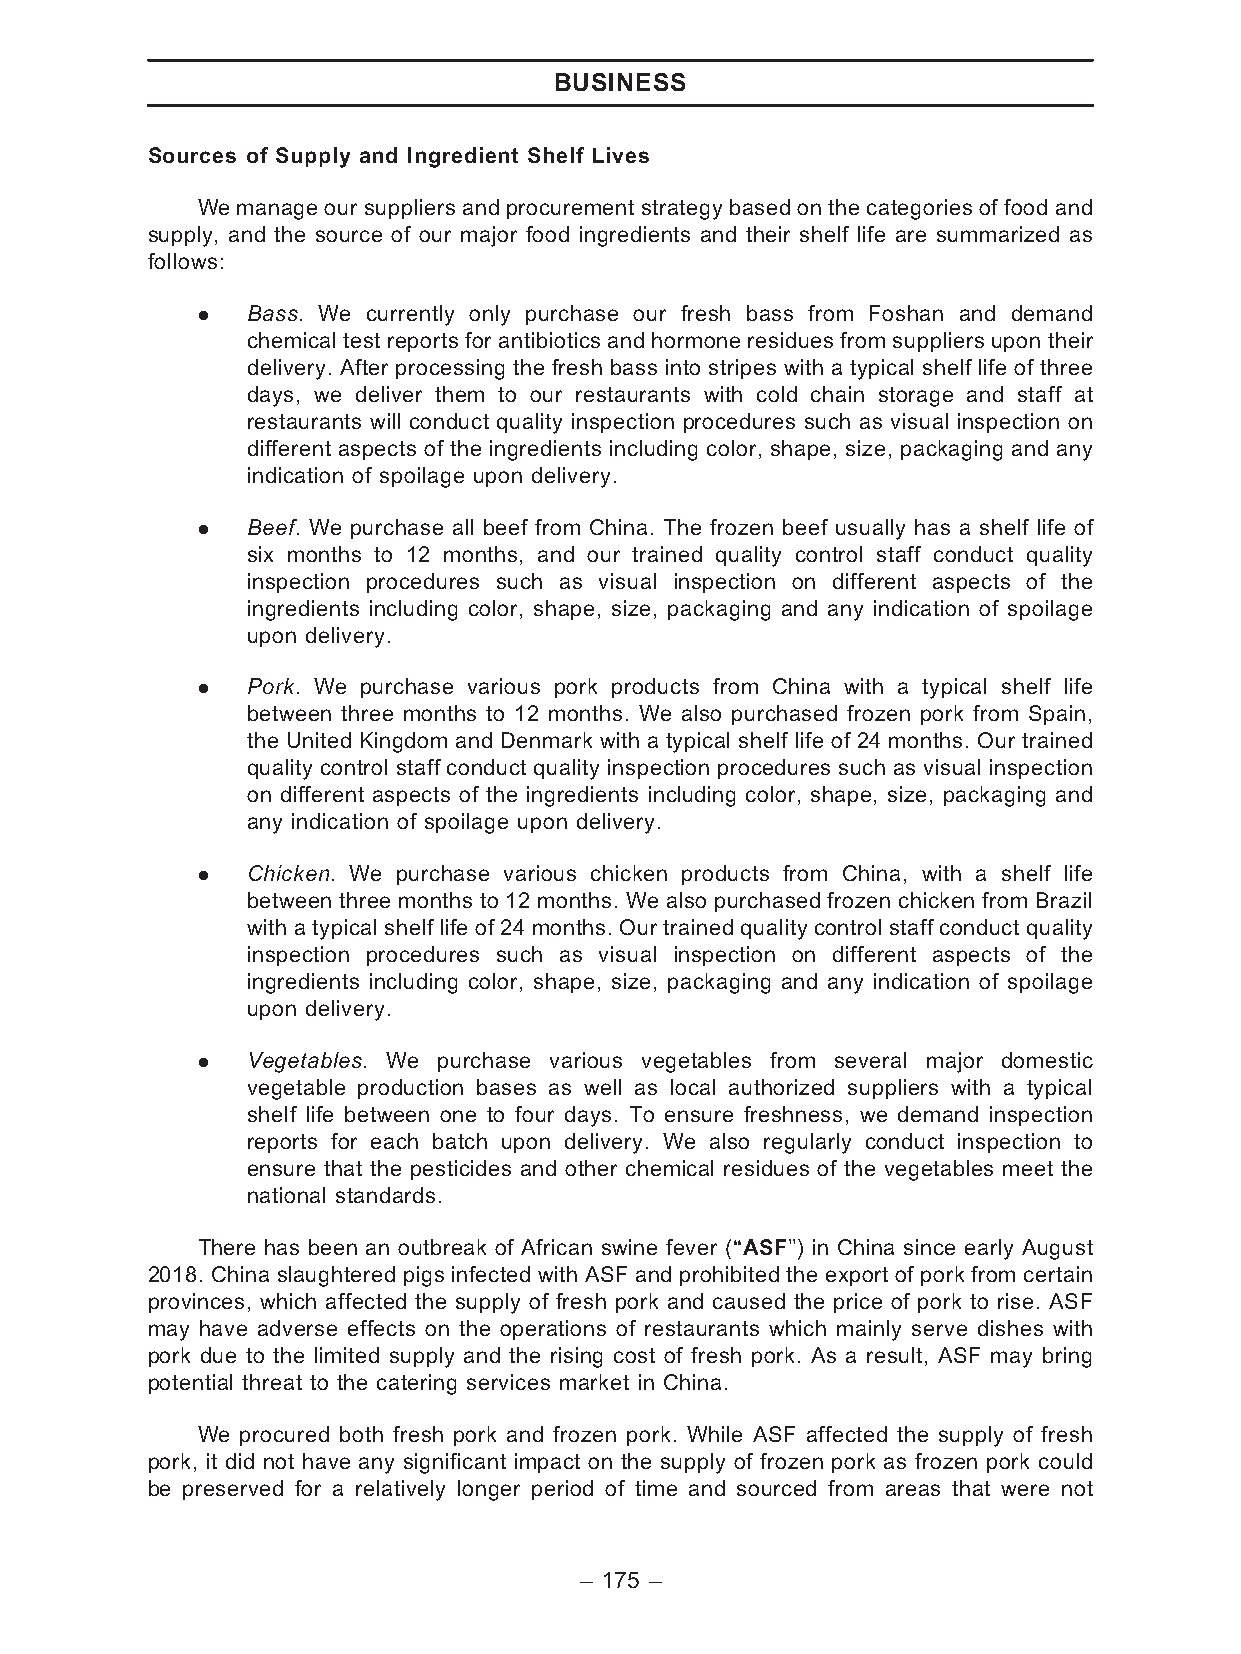
BUSINESS
 Sources of Supply and Ingredient Shelf Lives
 We manage our suppliers and procurement strategy based on the categories of food and
 supply, and the source of our major food ingredients and their shelf life are summarized as
 follows:
 .  Bass. We currently only purchase our fresh bass from Foshan and demand
 chemical test reports for antibiotics and hormone residues from suppliers upon their
 delivery. After processing the fresh bass into stripes with a typical shelf life of three
 days, we deliver them to our restaurants with cold chain storage and staff at
 restaurants will conduct quality inspection procedures such as visual inspection on
 different aspects of the ingredients including color, shape, size, packaging and any
 indication of spoilage upon delivery.
 .  Beef. We purchase all beef from China. The frozen beef usually has a shelf life of
 six months to 12 months, and our trained quality control staff conduct quality
 inspection procedures such as visual inspection on different aspects of the
 ingredients including color, shape, size, packaging and any indication of spoilage
 upon delivery.
 .  Pork. We purchase various pork products from China with a typical shelf life
 between three months to 12 months. We also purchased frozen pork from Spain,
 the United Kingdom and Denmark with a typical shelf life of 24 months. Our trained
 quality control staff conduct quality inspection procedures such as visual inspection
 on different aspects of the ingredients including color, shape, size, packaging and
 any indication of spoilage upon delivery.
 .  Chicken. We purchase various chicken products from China, with a shelf life
 between three months to 12 months. We also purchased frozen chicken from Brazil
 with a typical shelf life of 24 months. Our trained quality control staff conduct quality
 inspection procedures such as visual inspection on different aspects of the
 ingredients including color, shape, size, packaging and any indication of spoilage
 upon delivery.
 .  Vegetables. We purchase various vegetables from several major domestic
 vegetable production bases as well as local authorized suppliers with a typical
 shelf life between one to four days. To ensure freshness, we demand inspection
 reports for each batch upon delivery. We also regularly conduct inspection to
 ensure that the pesticides and other chemical residues of the vegetables meet the
 national standards.
 There has been an outbreak of African swine fever (‘‘ASF’’) in China since early August
 2018. China slaughtered pigs infected with ASF and prohibited the export of pork from certain
 provinces, which affected the supply of fresh pork and caused the price of pork to rise. ASF
 may have adverse effects on the operations of restaurants which mainly serve dishes with
 pork due to the limited supply and the rising cost of fresh pork. As a result, ASF may bring
 potential threat to the catering services market in China.
 We procured both fresh pork and frozen pork. While ASF affected the supply of fresh
 pork, it did not have any significant impact on the supply of frozen pork as frozen pork could
 be preserved for a relatively longer period of time and sourced from areas that were not
 – 175 –